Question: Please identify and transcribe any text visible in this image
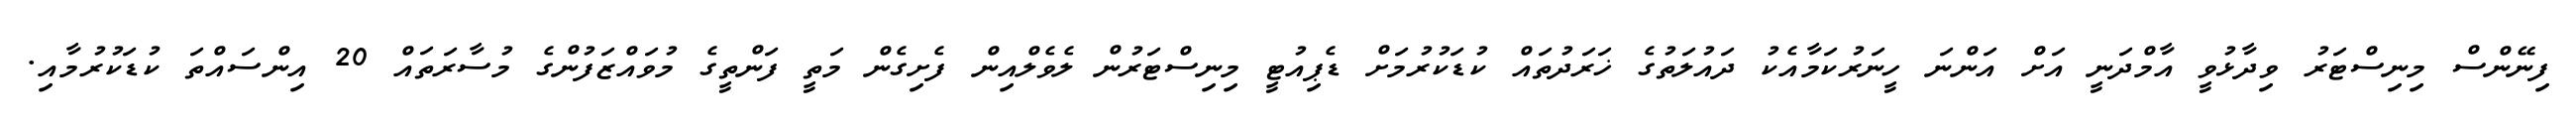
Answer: ފިނޭންސް މިނިސްޓަރު ވިދާޅުވީ އާމްދަނީ އަށް އަންނަ ހީނަރުކަމާއެކު ދައުލަތުގެ ޚަރަދުތައް ކުޑަކުރުމަށް ޑެޕިއުޓީ މިނިސްޓަރުން ލެވެލްއިން ފެށިގެން މަތީ ފަންތީގެ މުވައްޒަފުންގެ މުސާރަތައް 20 އިންސައްތަ ކުޑަކުރުމާއި.